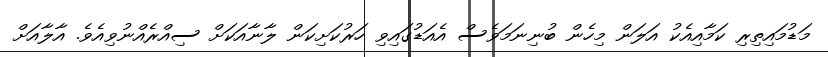
މަޑުމައިތިރި ކަމާއިއެކު އަލަން މިހެން ބުނިނަމަވެސް އެއަޑުގައިވި ހަރުކަށިކަން ލާނާއަކަށް ސިއްރެއްނުވިއެވެ. އާލާއަށް